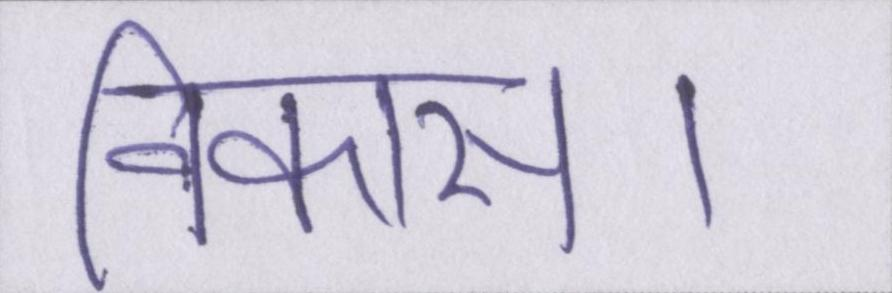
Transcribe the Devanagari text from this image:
विकास।